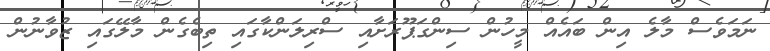
ނަމަވެސް މާލެ އިން ބައެއް މީހުން ސިންގަޕޫރަށާއި ސްރިލަންކާގައި ތިބެގެން މާލޭގައި ޒުވާނުން